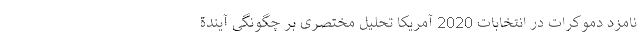
نامزد دموکرات در انتخابات 2020 آمریکا تحلیل مختصری بر چگونگی آیندة